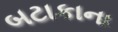
બટાકાના